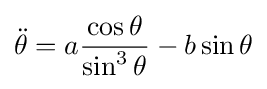
{\ddot {\theta }}=a{\frac {\cos \theta }{\sin ^{3}\theta }}-b\sin \theta